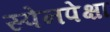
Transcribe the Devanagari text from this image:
स्पेनपेक्षा